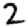
Digit: 2